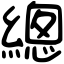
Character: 總